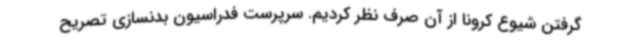
گرفتن شیوع کرونا از آن صرف نظر کردیم. سرپرست فدراسیون بدنسازی تصریح